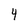
Character: 4